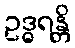
ဥဒ္ဓရန္တိ